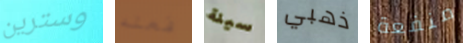
وسترين فعله سيئة ذهبي منفعة